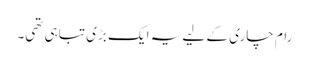
رام چاری کے لیے یہ ایک بڑی تباہی تھی۔